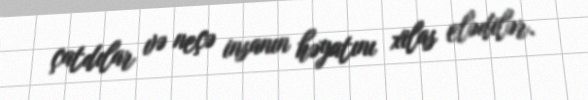
çatdılar və neçə insanın həyatını xilas elədilər.